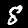
Digit: 8